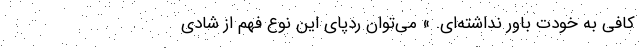
کافی به خودت باور نداشته‌ای. »‌ می‌توان ردپای این نوع فهم از شادی